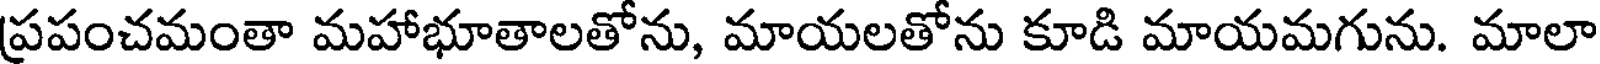
ప్రపంచమంతా మహాభూతాలతోను, మాయలతోను కూడి మాయమగును. మాలా